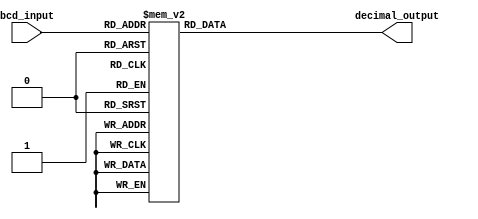
module BCD_Decoder(
    input [3:0] bcd_input,
    output reg [3:0] decimal_output
);

always @*
begin
    case(bcd_input)
        4'b0000: decimal_output = 4'b0001; // 0
        4'b0001: decimal_output = 4'b0010; // 1
        4'b0010: decimal_output = 4'b0011; // 2
        4'b0011: decimal_output = 4'b0100; // 3
        4'b0100: decimal_output = 4'b0101; // 4
        4'b0101: decimal_output = 4'b0110; // 5
        4'b0110: decimal_output = 4'b0111; // 6
        4'b0111: decimal_output = 4'b1000; // 7
        4'b1000: decimal_output = 4'b1001; // 8
        4'b1001: decimal_output = 4'b1010; // 9
        default: decimal_output = 4'b0000; // Default to 0 output if invalid input
    endcase
end

endmodule